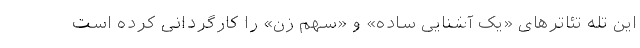
این تله تئاترهای «یک آشنایی ساده» و «سهم زن» را کارگردانی کرده است